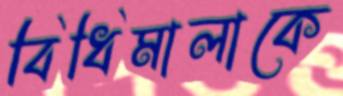
বিধিমালাকে